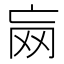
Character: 𱺶